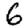
Digit: 6